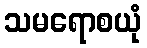
သမရောစယုံ